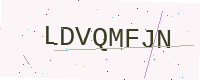
Text: LDVQMFJN